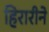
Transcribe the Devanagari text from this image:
हिरारीने